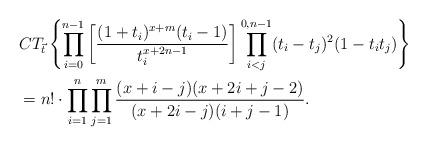
LaTeX: \begin{align*}&CT_{\vec{t}} \left\{\prod_{i=0}^{n-1}\left[\frac{(1+t_i)^{x+m}(t_i-1)}{t_i^{x+2n-1}}\right] \prod_{i<j}^{0,n-1}(t_i-t_j)^2(1-t_it_j)\right\} \\&=n!\cdot \prod_{i=1}^n\prod_{j=1}^m\frac{(x+i-j)(x+2i+j-2)}{(x+2i-j)(i+j-1)}.\end{align*}